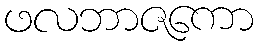
ဖလဘာဇကော